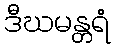
ဒီဃမန္တရံ